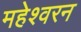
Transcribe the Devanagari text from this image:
महेश्वरन